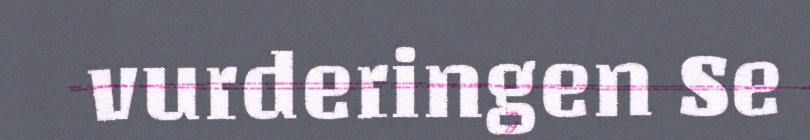
vurderingen Se